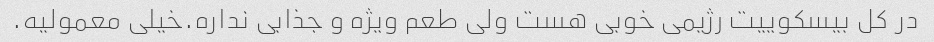
در کل بیسکوییت رژیمی خوبی هست ولی طعم ویژه و جذابی نداره.خیلی معمولیه.